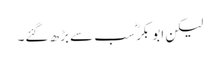
لیکن ابو بکرؓ سب سے بڑھ گئے۔